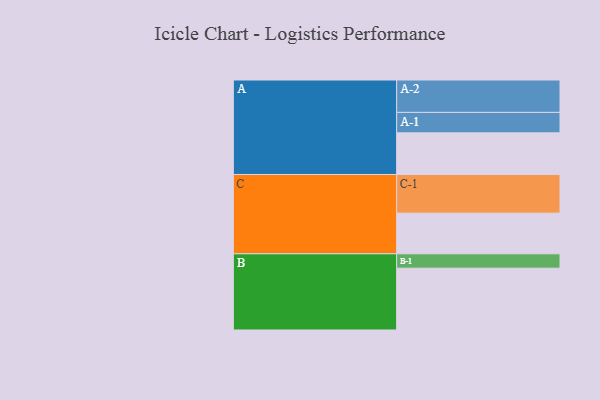
{"axis": {"x": "Segment", "y": "Value"}, "legend": ["", "A", "B", "C"], "data": [{"x": "A", "y": 307, "type": ""}, {"x": "B", "y": 456, "type": ""}, {"x": "C", "y": 300, "type": ""}, {"x": "A-1", "y": 151, "type": "A"}, {"x": "A-2", "y": 239, "type": "A"}, {"x": "B-1", "y": 106, "type": "B"}, {"x": "C-1", "y": 285, "type": "C"}]}